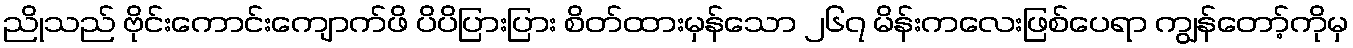
ညိုသည် ဗိုင်းကောင်းကျောက်ဖိ ပိပိပြားပြား စိတ်ထားမှန်သော ၂၆၇ မိန်းကလေးဖြစ်ပေရာ ကျွန်တော့်ကိုမှ